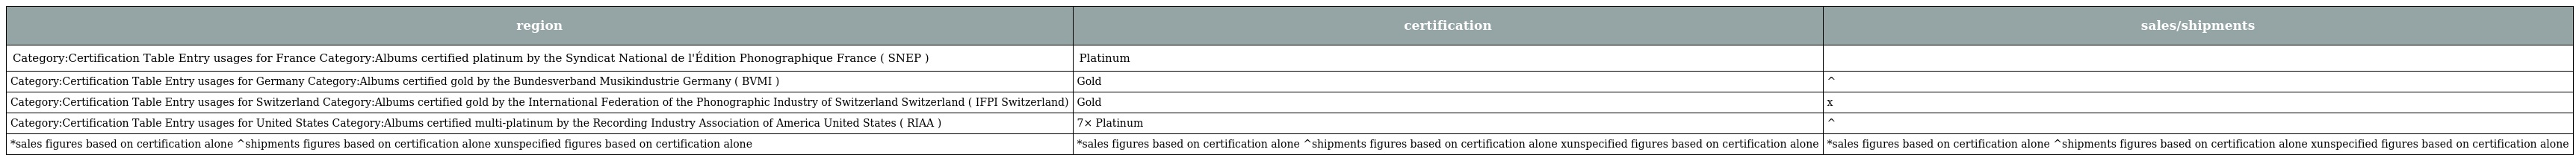
| region | certification | sales/shipments |
 | --- | --- | --- |
 | Category:Certification Table Entry usages for France Category:Albums certified platinum by the Syndicat National de l'Édition Phonographique France ( SNEP ) | Platinum |  |
 | Category:Certification Table Entry usages for Germany Category:Albums certified gold by the Bundesverband Musikindustrie Germany ( BVMI ) | Gold | ^ |
 | Category:Certification Table Entry usages for Switzerland Category:Albums certified gold by the International Federation of the Phonographic Industry of Switzerland Switzerland ( IFPI Switzerland) | Gold | x |
 | Category:Certification Table Entry usages for United States Category:Albums certified multi-platinum by the Recording Industry Association of America United States ( RIAA ) | 7× Platinum | ^ |
 | *sales figures based on certification alone ^shipments figures based on certification alone xunspecified figures based on certification alone | *sales figures based on certification alone ^shipments figures based on certification alone xunspecified figures based on certification alone | *sales figures based on certification alone ^shipments figures based on certification alone xunspecified figures based on certification alone |